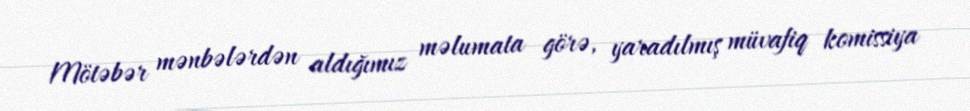
Mötəbər mənbələrdən aldığımız məlumata görə, yaradılmış müvafiq komissiya